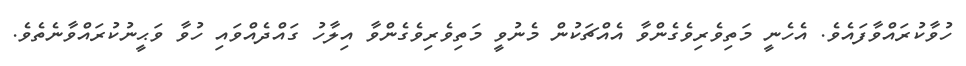
ހުވާކުރައްވާފައެވެ. އެހެނީ މަތިވެރިވެގެންވާ އެއްޗަކުން މެނުވީ މަތިވެރިވެގެންވާ އިލާހު ގައްދެއްވައި ހުވާ ވަޙީނުކުރައްވާނެތެވެ.